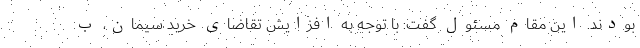
بودند. این مقام مسئول گفت: با توجه به افزایش تقاضای خرید سیمان، ب